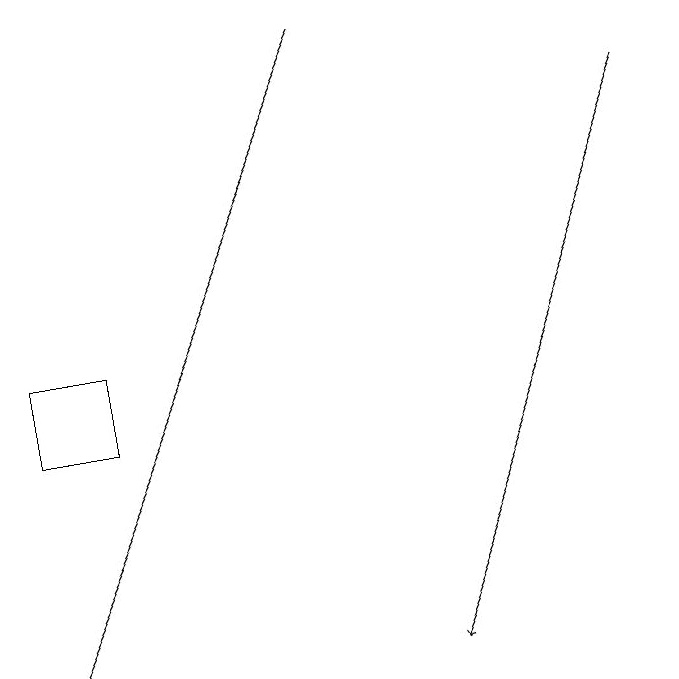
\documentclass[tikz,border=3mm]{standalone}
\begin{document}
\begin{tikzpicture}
\draw[->] (9,18) -- (6,11);
\draw[->] (5,19) -- (1,11);
\draw (1,14) rectangle (2,15);
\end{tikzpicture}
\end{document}